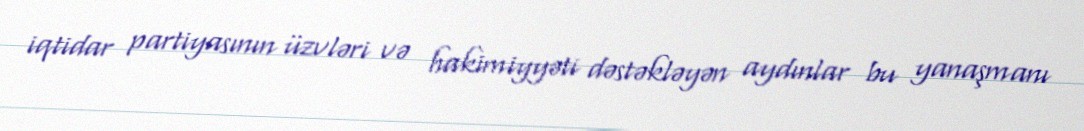
iqtidar partiyasının üzvləri və hakimiyyəti dəstəkləyən aydınlar bu yanaşmanı